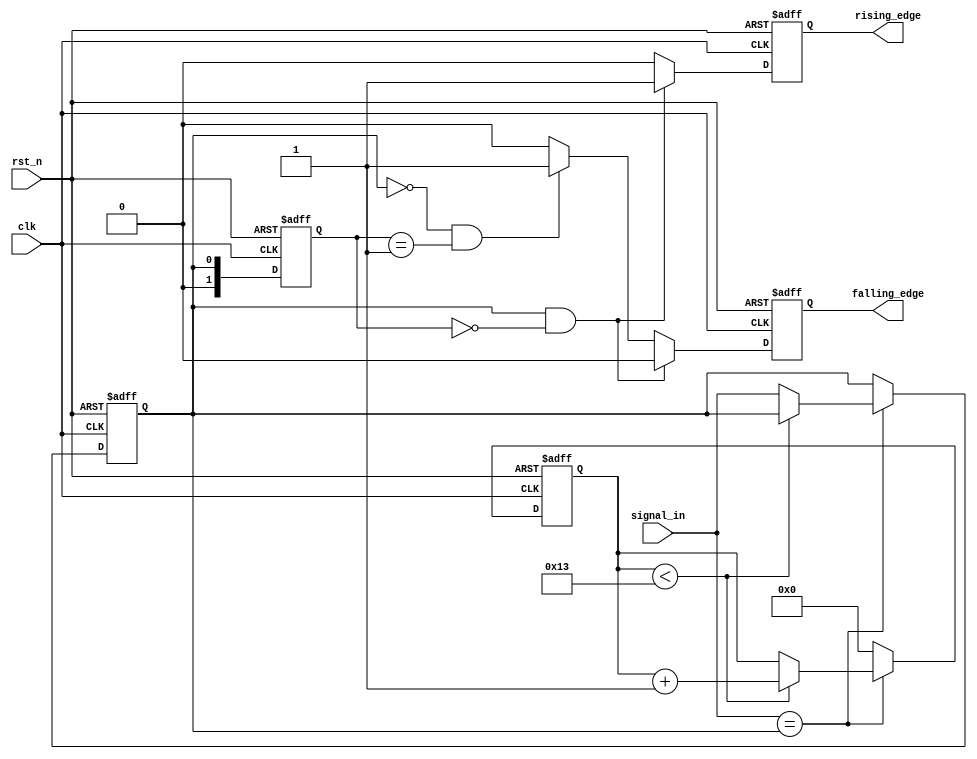
module debounced_edge_detector (
    input wire clk,               // Clock input
    input wire rst_n,             // Asynchronous reset (active low)
    input wire signal_in,         // Noisy input signal
    output reg rising_edge,       // Rising edge output
    output reg falling_edge       // Falling edge output
);

    // Parameters
    parameter DEBOUNCE_TIME = 20; // Number of clock cycles for debounce

    // Internal signals
    reg [1:0] state;              // State of the input signal (0: low, 1: high)
    reg [1:0] prev_state;         // Previous stable state of the input signal
    reg [4:0] debounce_counter;    // Counter for debounce timing
    reg stable_signal;             // Indicates if the signal is stable

    // State encoding
    localparam LOW = 1'b0;
    localparam HIGH = 1'b1;

    // Debounce logic
    always @(posedge clk or negedge rst_n) begin
        if (!rst_n) begin
            debounce_counter <= 0;
            stable_signal <= 0;
        end else begin
            if (signal_in == stable_signal) begin
                // If the input signal is stable
                if (debounce_counter < DEBOUNCE_TIME - 1) begin
                    debounce_counter <= debounce_counter + 1;
                end else begin
                    // Update stable signal after debounce time
                    stable_signal <= signal_in;
                end
            end else begin
                // Reset counter if the signal changes
                debounce_counter <= 0;
            end
        end
    end

    // Edge detection logic
    always @(posedge clk or negedge rst_n) begin
        if (!rst_n) begin
            prev_state <= LOW;
            rising_edge <= 0;
            falling_edge <= 0;
        end else begin
            // Update previous state
            prev_state <= stable_signal;

            // Clear edge signals
            rising_edge <= 0;
            falling_edge <= 0;

            // Edge detection
            if (stable_signal == HIGH && prev_state == LOW) begin
                rising_edge <= 1; // Rising edge detected
            end else if (stable_signal == LOW && prev_state == HIGH) begin
                falling_edge <= 1; // Falling edge detected
            end
        end
    end

endmodule